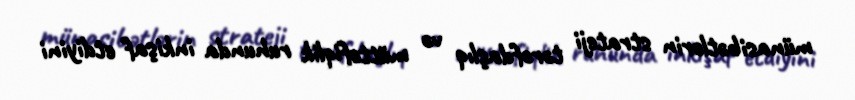
münasibətlərin strateji tərəfdaşlıq və müttəfiqlik ruhunda inkişaf etdiyini